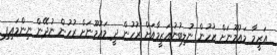
އަޒީމާ މައުމޫނަށް ރުހުން ނުލިބުނުއަޒީމާއަށް ރުހުން ދީ މައުމޫނަށް ރުހުން ނުދޭން ނިންމައިފި